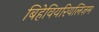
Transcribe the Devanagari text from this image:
बिहेवियरियलिज़म